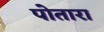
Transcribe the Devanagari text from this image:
पोतारा